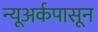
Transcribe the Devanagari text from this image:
न्यूअर्कपासून